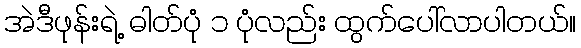
အဲဒီဖုန်းရဲ့ ဓါတ်ပုံ ၁ ပုံလည်း ထွက်ပေါ်လာပါတယ်။